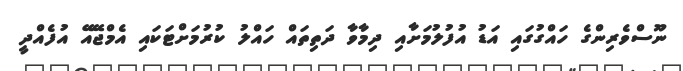
ނޫސްވެރިންގެ ހައްގުގައި އަޑު އުފުލުމަށާއި ދިމާވާ ދަތިތައް ހައްލު ކުރުމަށްޓަކައި އެމްޖޭއޭ އުފެއްދީ